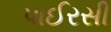
પાઈરસી